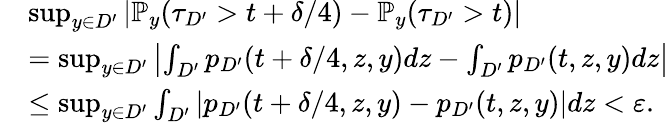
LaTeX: \begin{array}{rl}&{\operatorname*{sup}_{y\in D^{\prime}}|\mathbb{P}_{y}(\tau_{D^{\prime}}>t+\delta/4)-\mathbb{P}_{y}(\tau_{D^{\prime}}>t)|}\\ &{=\operatorname*{sup}_{y\in D^{\prime}}\left|\int_{D^{\prime}}p_{D^{\prime}}(t+\delta/4,z,y)dz-\int_{D^{\prime}}p_{D^{\prime}}(t,z,y)dz\right|}\\ &{\le\operatorname*{sup}_{y\in D^{\prime}}\int_{D^{\prime}}\left|p_{D^{\prime}}(t+\delta/4,z,y)-p_{D^{\prime}}(t,z,y)\right|dz<\varepsilon.}\end{array}